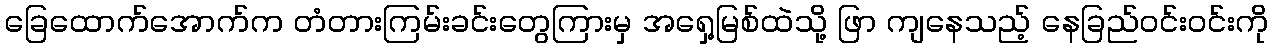
ခြေထောက်အောက်က တံတားကြမ်းခင်းတွေကြားမှ အရှေ့မြစ်ထဲသို့ ဖြာ ကျနေသည့် နေခြည်ဝင်းဝင်းကို